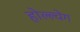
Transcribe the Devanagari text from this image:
होल्ल्वेग